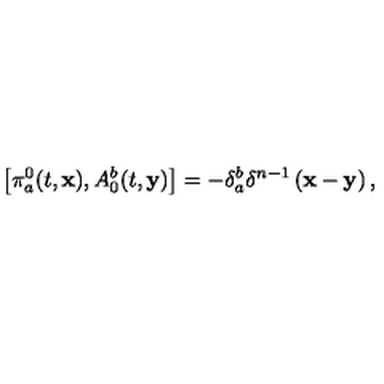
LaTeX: \left[ \pi _ { a } ^ { 0 } ( t , \mathbf { x } ) , A _ { 0 } ^ { b } ( t , \mathbf { y } ) \right] = - \delta _ { a } ^ { b } \delta ^ { n - 1 } \left( \mathbf { x - y } \right) ,